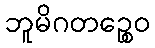
ဘူမိဂတဉ္စေဝ